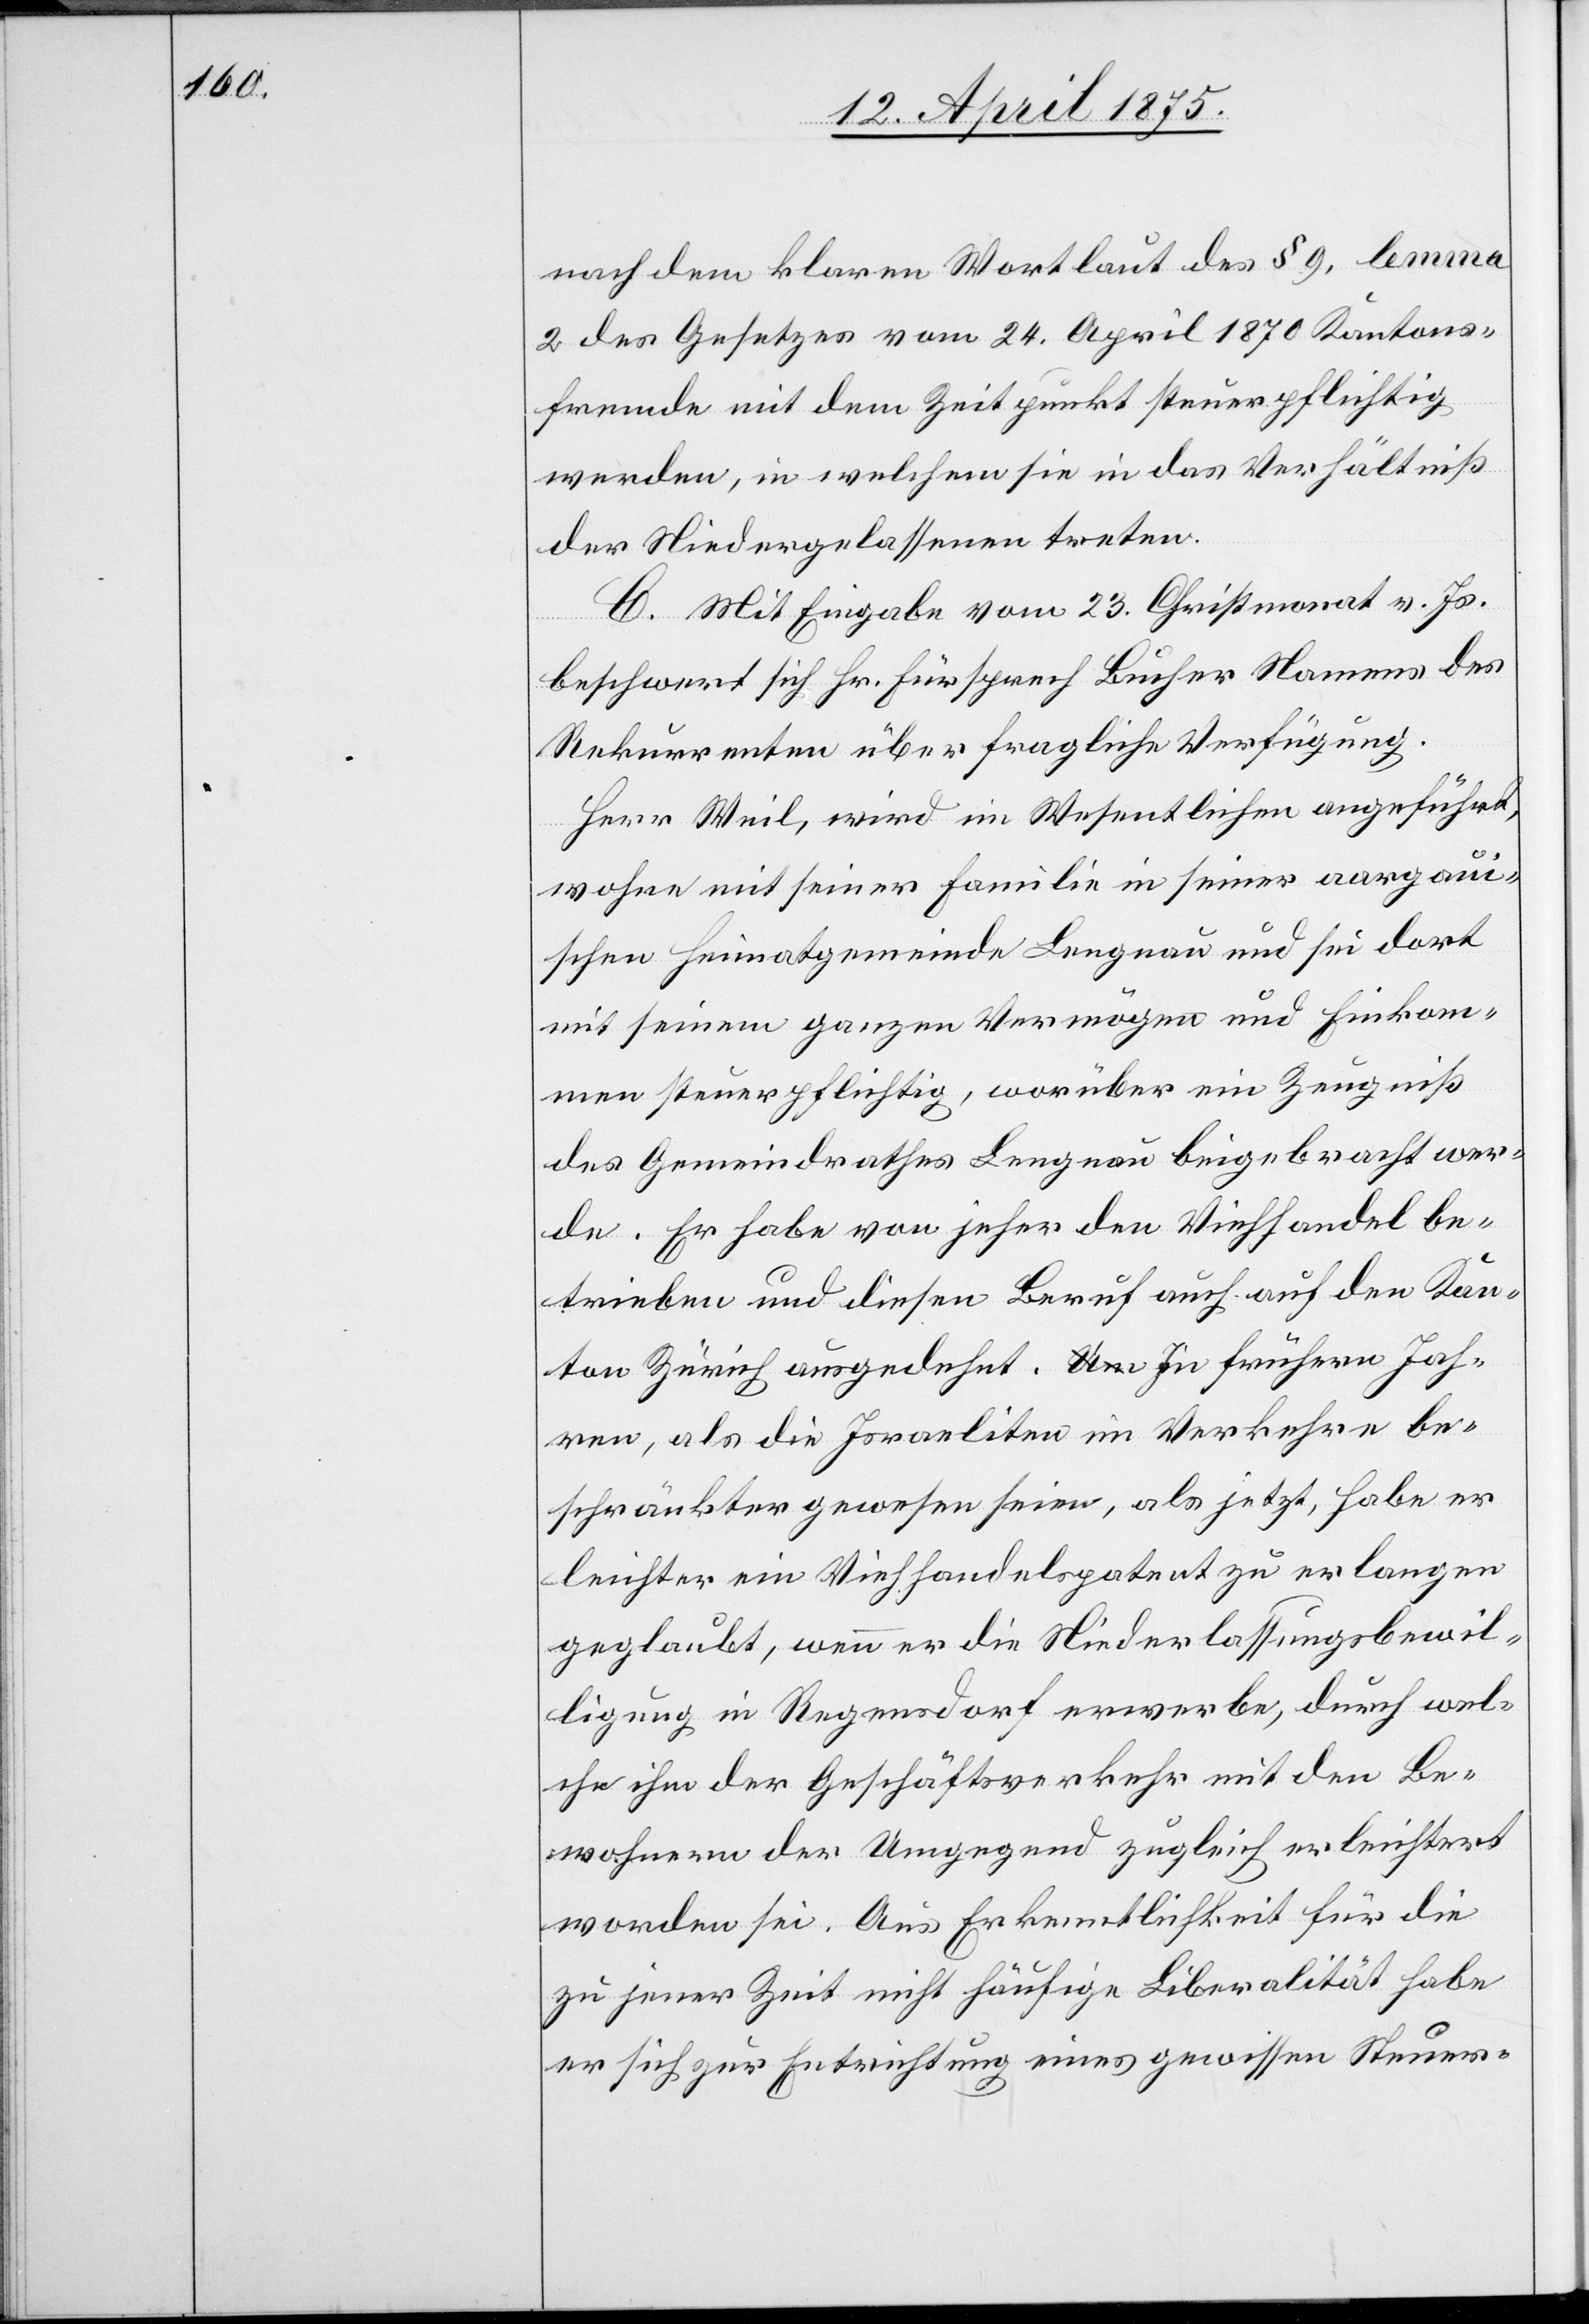
nach dem klaren Wortlaut des § 9, lemma
2 des Gesetzes vom 24. April 1870 Kantons¬
freunde mit dem Zeitpunkt steuerpflichtig
werden, in welchem sie in das Verhältniß
der Niedergelassenen treten.
C. Mit Eingabe vom 23. Christmonat v. Js.
beschwert sich Hr. Fürsprech Bucher Namens des
Rekurrenten über fragliche Verfügung.
Herr Weil, wird im Wesentlichen angeführt,
wohne mit seiner Familie in seiner aargau¬
ischen Heimatgemeinde Lengnau und sei dort
mit seinem ganzen Vermögen und Einkom¬
men steuerpflichtig, worüber ein Zeugniß
des Gemeindrathes Lengnau beigebracht wer¬
de. Er habe von jeher den Viehhandel be¬
trieben und diesen Beruf auch auf den Kan¬
ton Zürich ausgedehnt. In frühern Jah¬
ren, als die Israeliten im Verkehre be¬
schränkter gewesen seien, als jetzt, habe er
leichter ein Viehhandelspatent zu erlangen
geglaubt, wenn er die Niederlassungsbewil¬
ligung in Regensdorf erwerbe, durch wel¬
che ihm der Geschäftsverkehr mit den Be¬
wohnern der Umgebung zugleich erleichtert
worden sei. Aus Erkenntlichkeit für die
zu jener Zeit nicht häufige Liberalität habe
er sich zur Entrichtung eines gewissen Steuer-